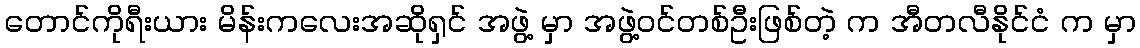
တောင်ကိုရီးယား မိန်းကလေးအဆိုရှင် အဖွဲ့ မှာ အဖွဲ့ဝင်တစ်ဦးဖြစ်တဲ့ က အီတလီနိုင်ငံ က မှာ